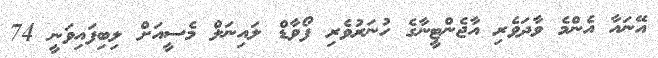
އޭނައާ އެންމެ ވާދަވެރި އާޖެންޓީނާގެ ހުނަރުވެރި ފޯވާޑް ލައިނަލް މެސީއަށް ލިބިފައިވަނީ 74